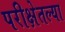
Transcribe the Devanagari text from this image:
परीक्षेतल्या